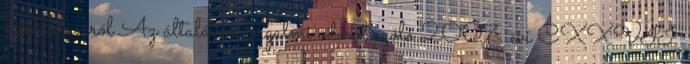
módosításáról Az általános forgalmi adóról szóló 2007. évi CXXVII.